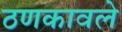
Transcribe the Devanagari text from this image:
ठणकावले